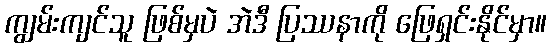
ကျွမ်းကျင်သူ ဖြစ်မှပဲ အဲဒီ ပြဿနာကို ဖြေရှင်းနိုင်မှာ။